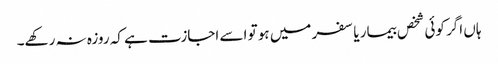
ہاں اگر کوئی شخص بیمار یا سفر میں ہو تو اسے اجازت ہے کہ روزہ نہ رکھے۔